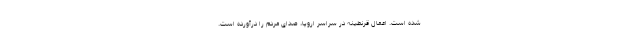
شده است. اعمال قرنطینه در سراسر اروپا، صدای مردم را درآورده است.